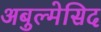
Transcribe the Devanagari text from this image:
अबुल्मेसिद